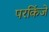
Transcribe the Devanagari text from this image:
परकिंजे